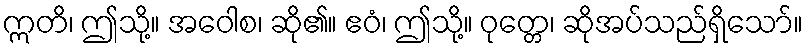
ဣတိ၊ ဤသို့။ အဝေါစ၊ ဆို၏။ ဧဝံ၊ ဤသို့။ ဝုတ္တေ၊ ဆိုအပ်သည်ရှိသော်။